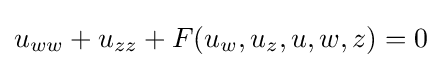
u_{ww}+u_{zz}+F(u_{w},u_{z},u,w,z)=0